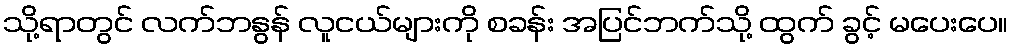
သို့ရာတွင် လက်ဘနွန် လူငယ်များကို စခန်း အပြင်ဘက်သို့ ထွက် ခွင့် မပေးပေ။